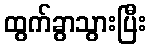
ထွက်ခွာသွားပြီး